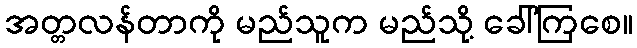
အတ္တလန်တာကို မည်သူက မည်သို့ ခေါ်ကြစေ။